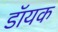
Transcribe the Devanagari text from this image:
डॉयक